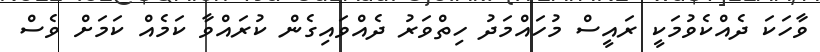
ވާހަކަ ދެއްކެވުމަކީ ރައީސް މުހައްމަދު ހިތްވަރު ދެއްވައިގެން ކުރައްވާ ކަމެއް ކަމަށް ވެސް